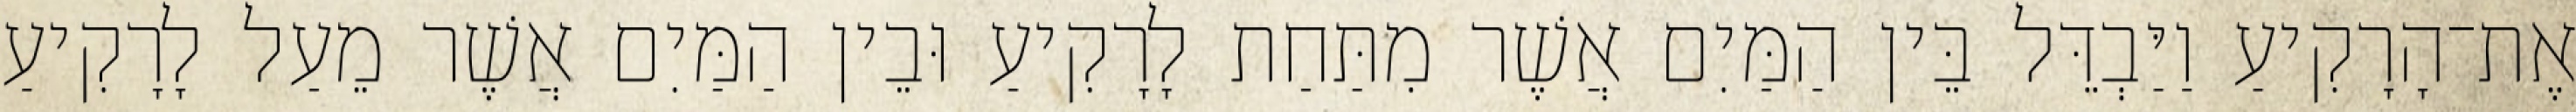
אֶת־הָרָקִיעַ וַיַּבְדֵּל בֵּין הַמַּיִם אֲשֶׁר מִתַּחַת לָרָקִיעַ וּבֵין הַמַּיִם אֲשֶׁר מֵעַל לָרָקִיעַ